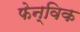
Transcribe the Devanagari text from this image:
फेन्विक